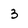
Character: 3